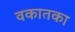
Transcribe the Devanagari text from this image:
वकातका